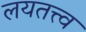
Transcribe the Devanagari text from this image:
लयतत्त्व